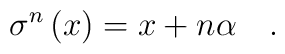
\sigma ^{n}\left( x\right) =x+n\alpha \quad .